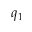
q _ { 1 }